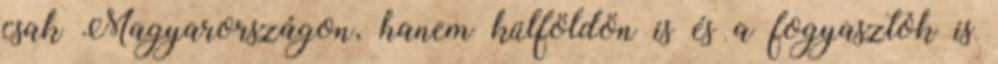
csak Magyarországon, hanem külföldön is és a fogyasztók is